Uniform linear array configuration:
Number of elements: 24
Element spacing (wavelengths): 0.75
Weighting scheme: hamming
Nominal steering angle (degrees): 45
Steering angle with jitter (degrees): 46.698
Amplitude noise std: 0.05
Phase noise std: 0.05

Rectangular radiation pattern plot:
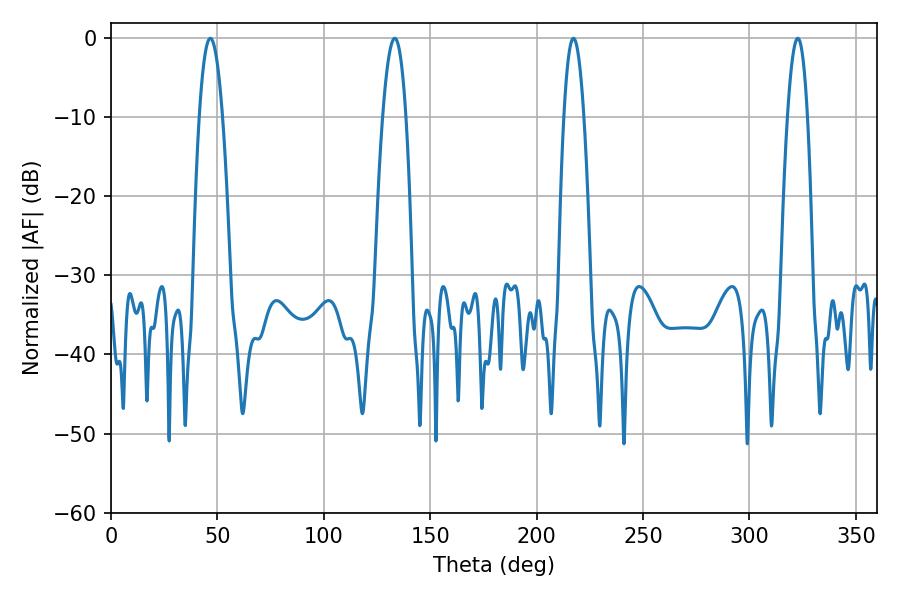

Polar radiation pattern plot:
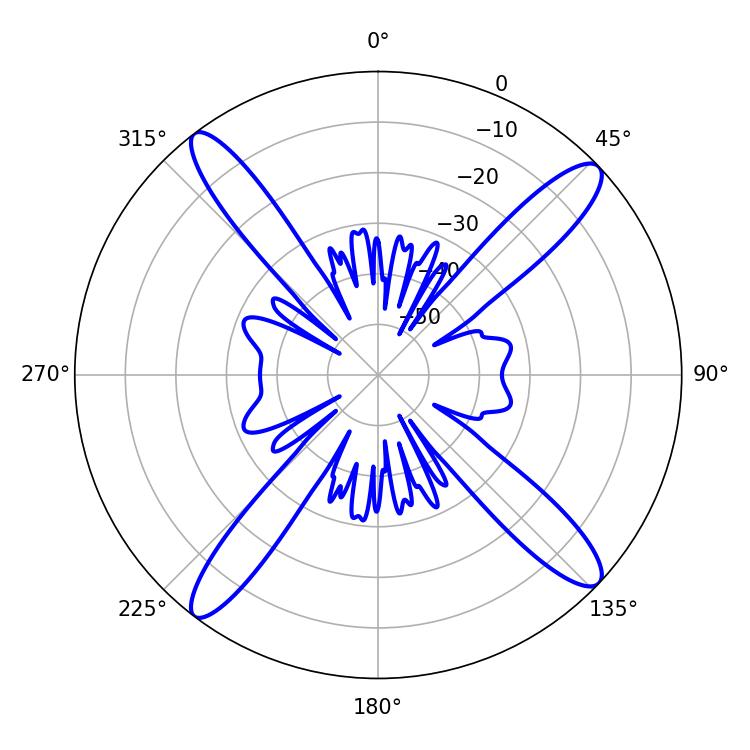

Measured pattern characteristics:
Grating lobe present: TRUE
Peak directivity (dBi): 16.324
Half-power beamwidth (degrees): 5.22
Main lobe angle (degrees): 217.26